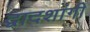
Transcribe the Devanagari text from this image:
द्वादशांगी